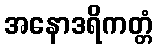
အနောဒရိကတ္တံ